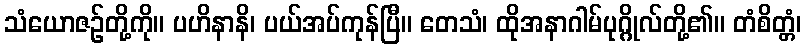
သံယောဇဉ်တို့ကို။ ပဟိနာနိ၊ ပယ်အပ်ကုန်ပြီ။ တေသံ၊ ထိုအနာဂါမ်ပုဂ္ဂိုလ်တို့၏။ တံစိတ္တံ၊